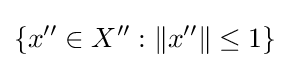
\left\{x^{\prime \prime }\in X^{\prime \prime }:\left\|x^{\prime \prime }\right\|\leq 1\right\}